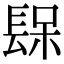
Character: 𨲃